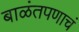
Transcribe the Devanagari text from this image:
बाळंतपणाचं